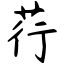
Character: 荇